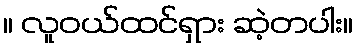
။ လူဝယ်ထင်ရှား ဆဲ့တပါး။